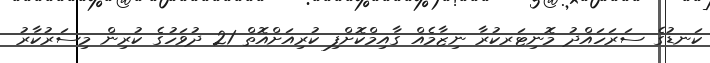
ކަނޑުގެ ސަރަހައްދު މޮނިޓަރކުރާ ނިޒާމެއް ގާއިމްކޮށްފި ކުރިއަށްއޮތް 21 ދުވަހުގެ ކުރިން މިސަރުކާރު